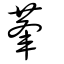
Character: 輂